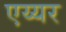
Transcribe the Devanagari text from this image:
एय्यर